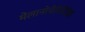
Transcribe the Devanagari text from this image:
मेलानोचेरिटिडेइ